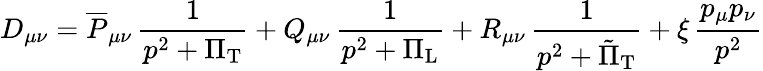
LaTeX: D_{\mu\nu}=\overline{{{P}}}_{\mu\nu}\, \frac{1}{p^{2}+\Pi_{\mathrm{T}}}+Q_{\mu\nu}\, \frac{1}{p^{2}+\Pi_{\mathrm{L}}}+R_{\mu\nu}\, \frac{1}{p^{2}+\tilde{\Pi}_{\mathrm{T}}}+\xi\, \frac{p_{\mu}p_{\nu}}{p^{2}}